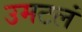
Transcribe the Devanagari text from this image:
उमटलं